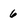
Character: 6